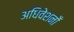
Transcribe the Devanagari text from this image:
अधिवेशनोँ